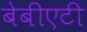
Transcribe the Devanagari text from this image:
बेबीएटी